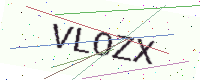
Text: VLOZX